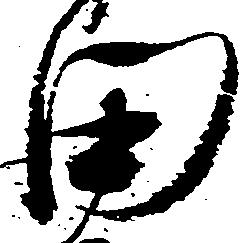
田